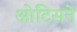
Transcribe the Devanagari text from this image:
ओटिसने